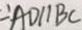
\because A D / / B C